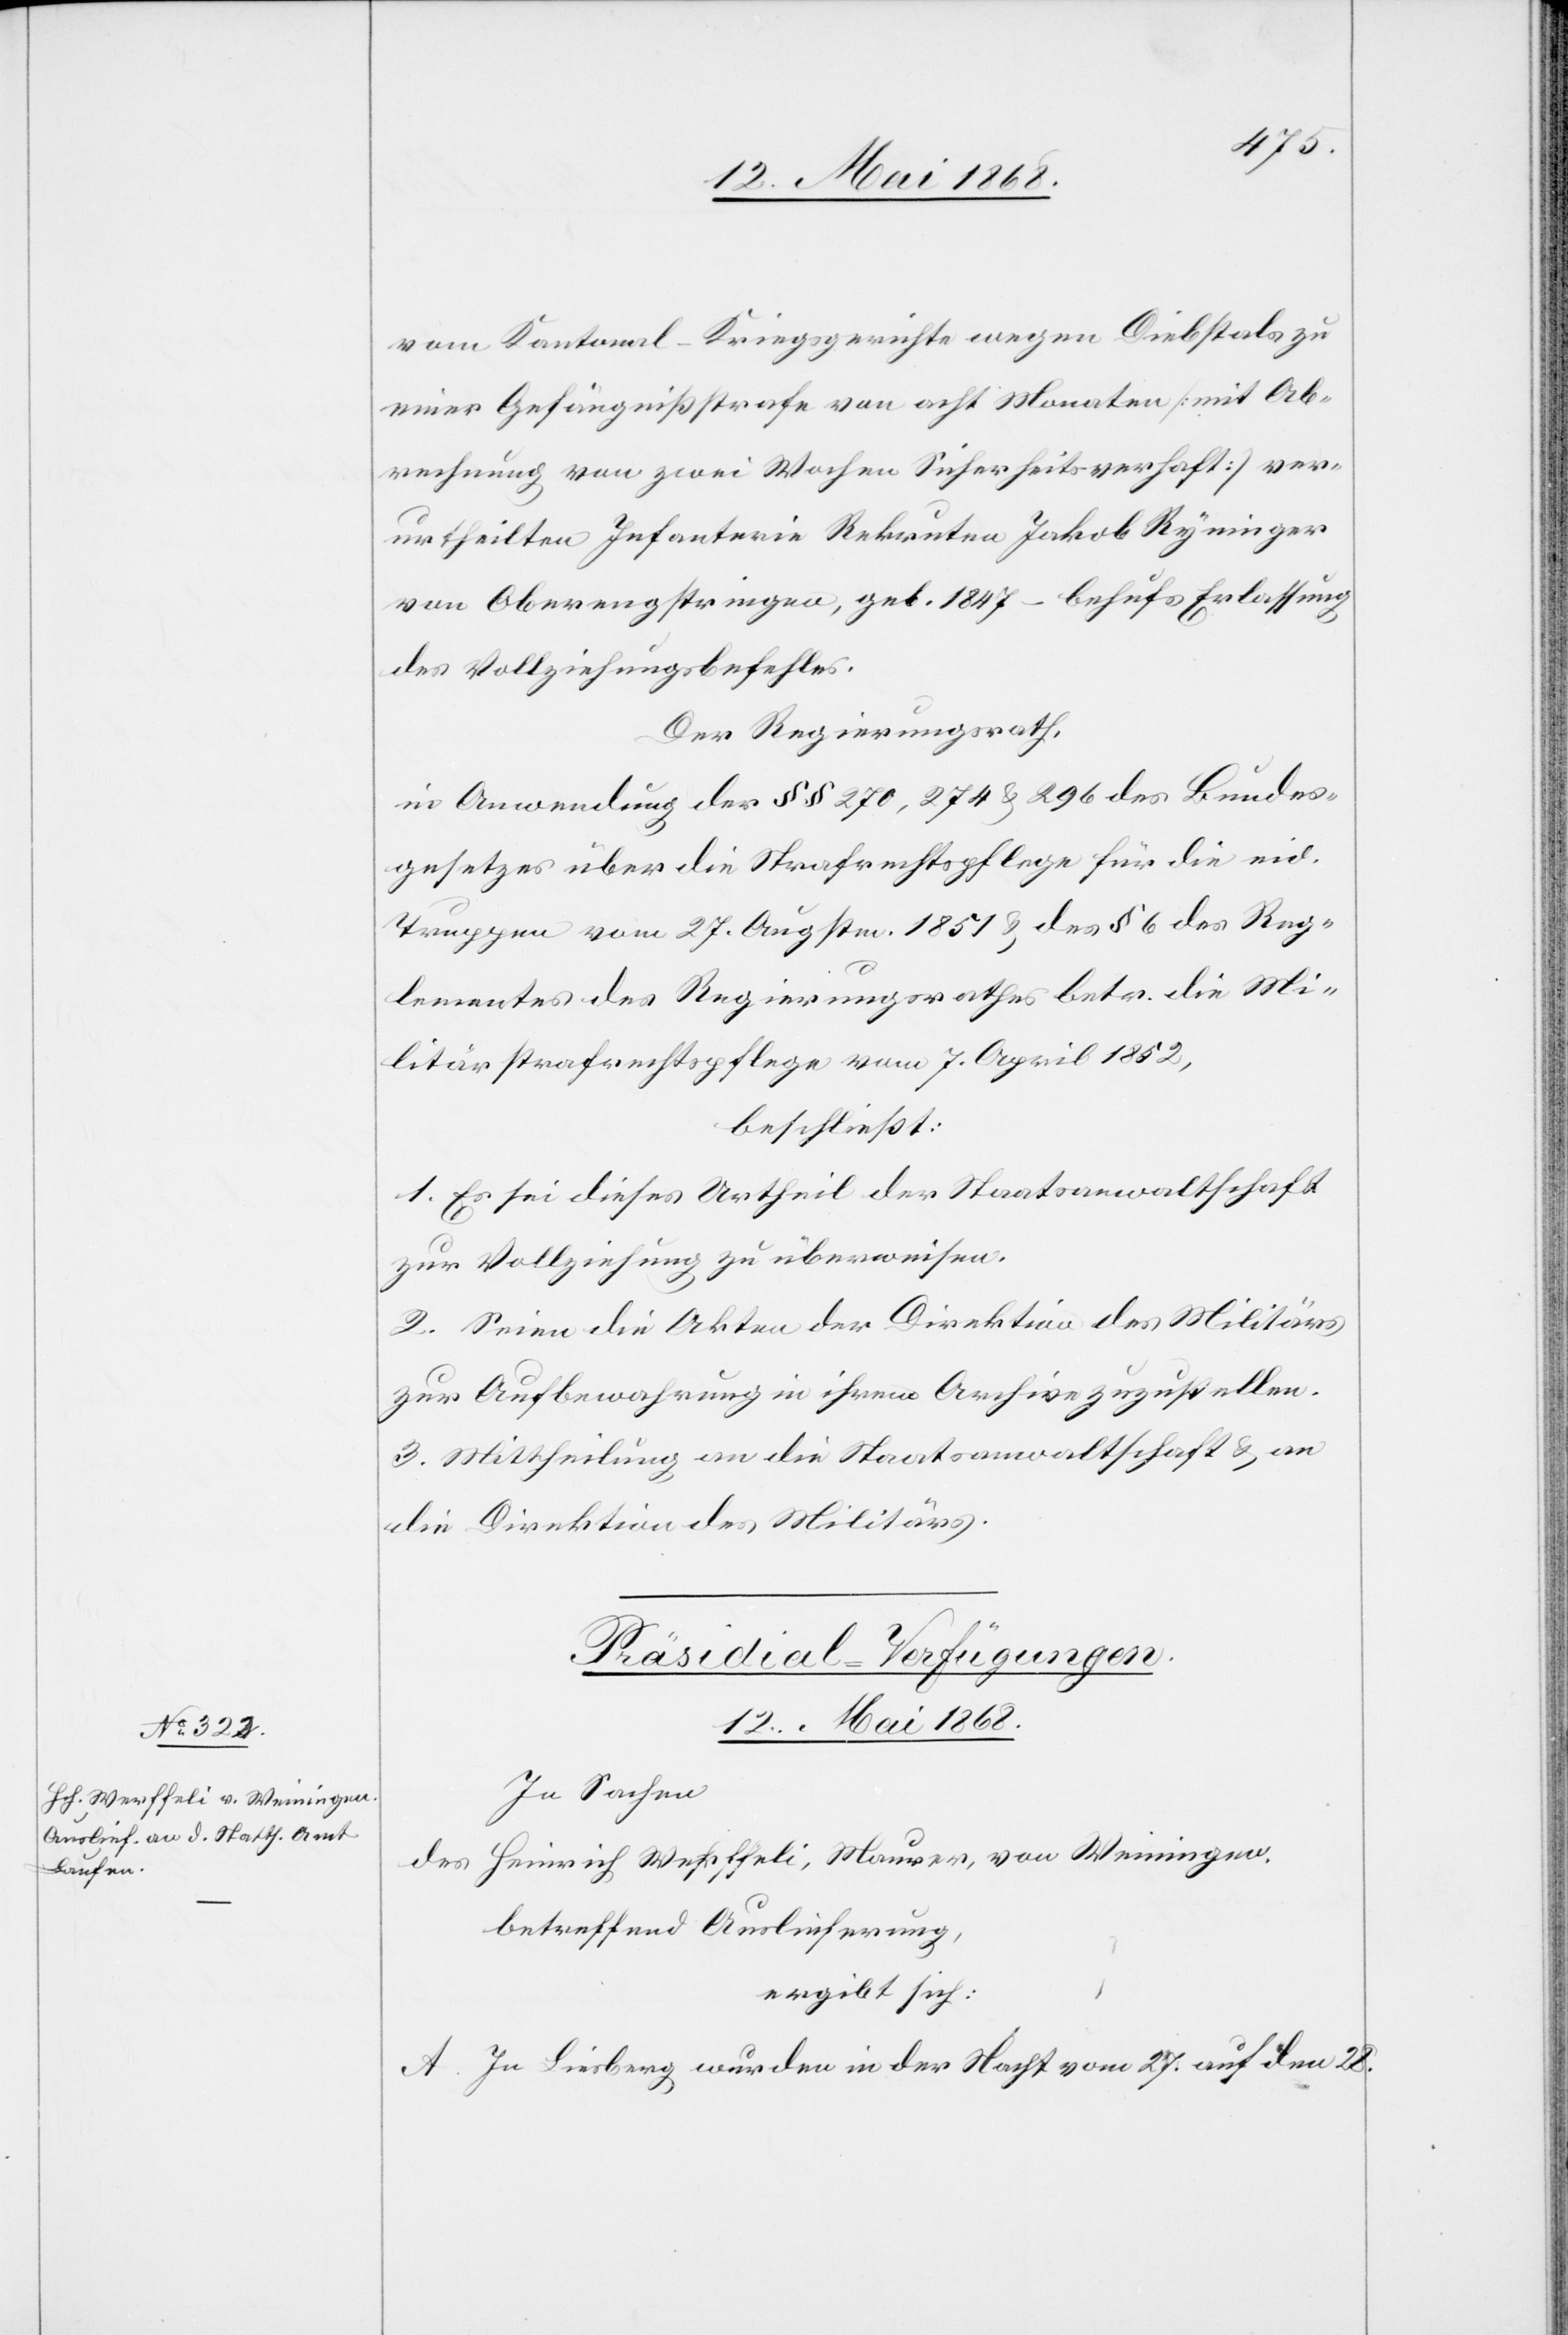
vom Kantonal-Kriegsgerichte wegen Diebstals zu
einer Gefängnißstrafe von acht Monaten [mit Ab¬
rechnung von zwei Wochen Sicherheitsverhaft] ver¬
urtheilten Infanterie[-]Rekruten Jakob Ryninger
von Oberengstringen, geb. 1847 – behufs Erlassung
des Vollziehungsbefehles.
Der Regierungsrath,
in Anwendung der §§ 270, 274 & 296 des Bundes¬
gesetzes über die Strafrechtspflege für die eid.
Truppen vom 27. Augstm. 1851 & des § 6 des Reg¬
lementes des Regierungsrathes betr. die Mi¬
litärstrafrechtspflege vom 7. April 1852,
beschließt:
1. Es sei dieses Urtheil der Staatsanwaltschaft
zur Vollziehung zu überweisen.
2. Seien die Akten der Direktion des Militärs
zur Aufbewahrung in ihrem Archive zuzustellen.
3. Mittheilung an die Staatsanwaltschaft & an
die Direktion des Militärs.
Präsidial-Verfügungen.
12. Mai 1868.
In Sachen
des Heinrich Werffeli, Maurer, von Weiningen,
betreffend Auslieferung,
ergibt sich:
A. In Liesberg wurden in der Nacht vom 27. auf den 28.